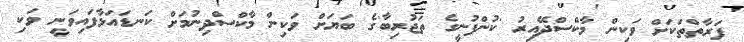
ފަރާތްތަކަށް ވަކިން މާކްސްދޭއިރު 'ކުންފުނީގެ ތަޖުރިބާ'ގެ ބަޔަށް ވަކިން މާކްސްދިނުމަށް ކަނޑައަޅާފައިވަނީ ވަކި